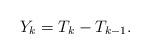
LaTeX: \begin{align*}Y_k= T_k-T_{k-1}.\end{align*}